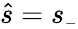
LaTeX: \hat{s}=s_{{\scriptscriptstyle-}}